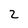
Character: 2